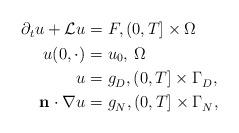
LaTeX: \begin{align*} \begin{aligned}\partial_t u + \mathcal{L} u=&\ F, (0,T] \times \Omega \\u(0,\cdot) =&\ u_0, \, \Omega \\ u= &\ g_D^{}, (0,T] \times \Gamma_D^{},\\\mathbf{n}\cdot \nabla u= &\ g_N^{}, (0,T] \times \Gamma_N^{},\end{aligned}\end{align*}